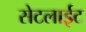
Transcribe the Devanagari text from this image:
सेटलाईट